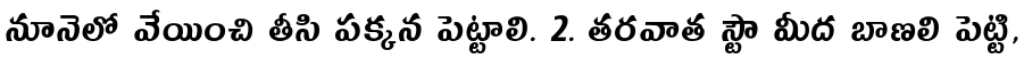
నూనెలో వేయించి తీసి పక్కన పెట్టాలి. 2. తరవాత స్టౌ మీద బాణలి పెట్టి,